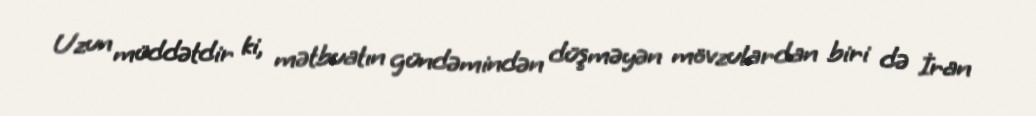
Uzun müddətdir ki, mətbuatın gündəmindən düşməyən mövzulardan biri də İran